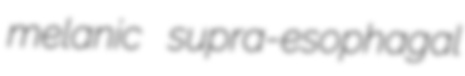
melanic supra-esophagal